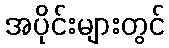
အပိုင်းများတွင်